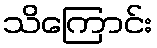
သိကြောင်း